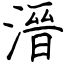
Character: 溍